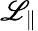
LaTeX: \mathscr{L}_{\parallel}